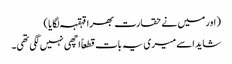
( اور میں نے حقارت بھرا قہقہہ لگایا )
شاید اسے میری یہ بات قطعاً اچھی نہیں لگی تھی۔